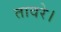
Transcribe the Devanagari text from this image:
तावरे।